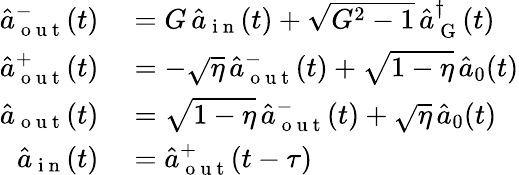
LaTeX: \begin{array}{rl}{\hat{a}_{\mathrm{~o~u~t~}}^{-}(t)}&{{}=G\, \hat{a}_{\mathrm{~i~n~}}(t)+\sqrt{G^{2}-1}\, \hat{a}_{\mathrm{~G~}}^{\dagger}(t)}\\ {\hat{a}_{\mathrm{~o~u~t~}}^{+}(t)}&{{}=-\sqrt{\eta}\, \hat{a}_{\mathrm{~o~u~t~}}^{-}(t)+\sqrt{1-\eta}\, \hat{a}_{0}(t)}\\ {\hat{a}_{\mathrm{~o~u~t~}}(t)}&{{}=\sqrt{1-\eta}\, \hat{a}_{\mathrm{~o~u~t~}}^{-}(t)+\sqrt{\eta}\, \hat{a}_{0}(t)}\\ {\hat{a}_{\mathrm{~i~n~}}(t)}&{{}=\hat{a}_{\mathrm{~o~u~t~}}^{+}(t-\tau)}\end{array}